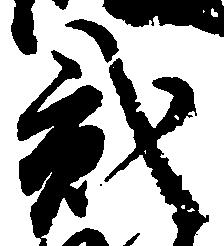
弐